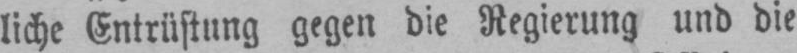
liche Entrüstung gegen die Regierung und die